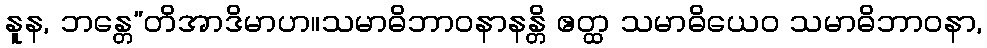
နူန, ဘန္တေ”တိအာဒိမာဟ။သမာဓိဘာဝနာနန္တိ ဧတ္ထ သမာဓိယေဝ သမာဓိဘာဝနာ,